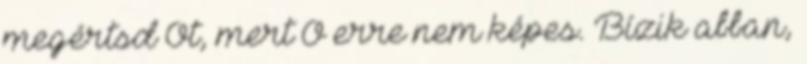
megértsd Őt, mert Ő erre nem képes. Bízik abban,